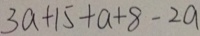
3 a + 1 5 + a + 8 - 2 a